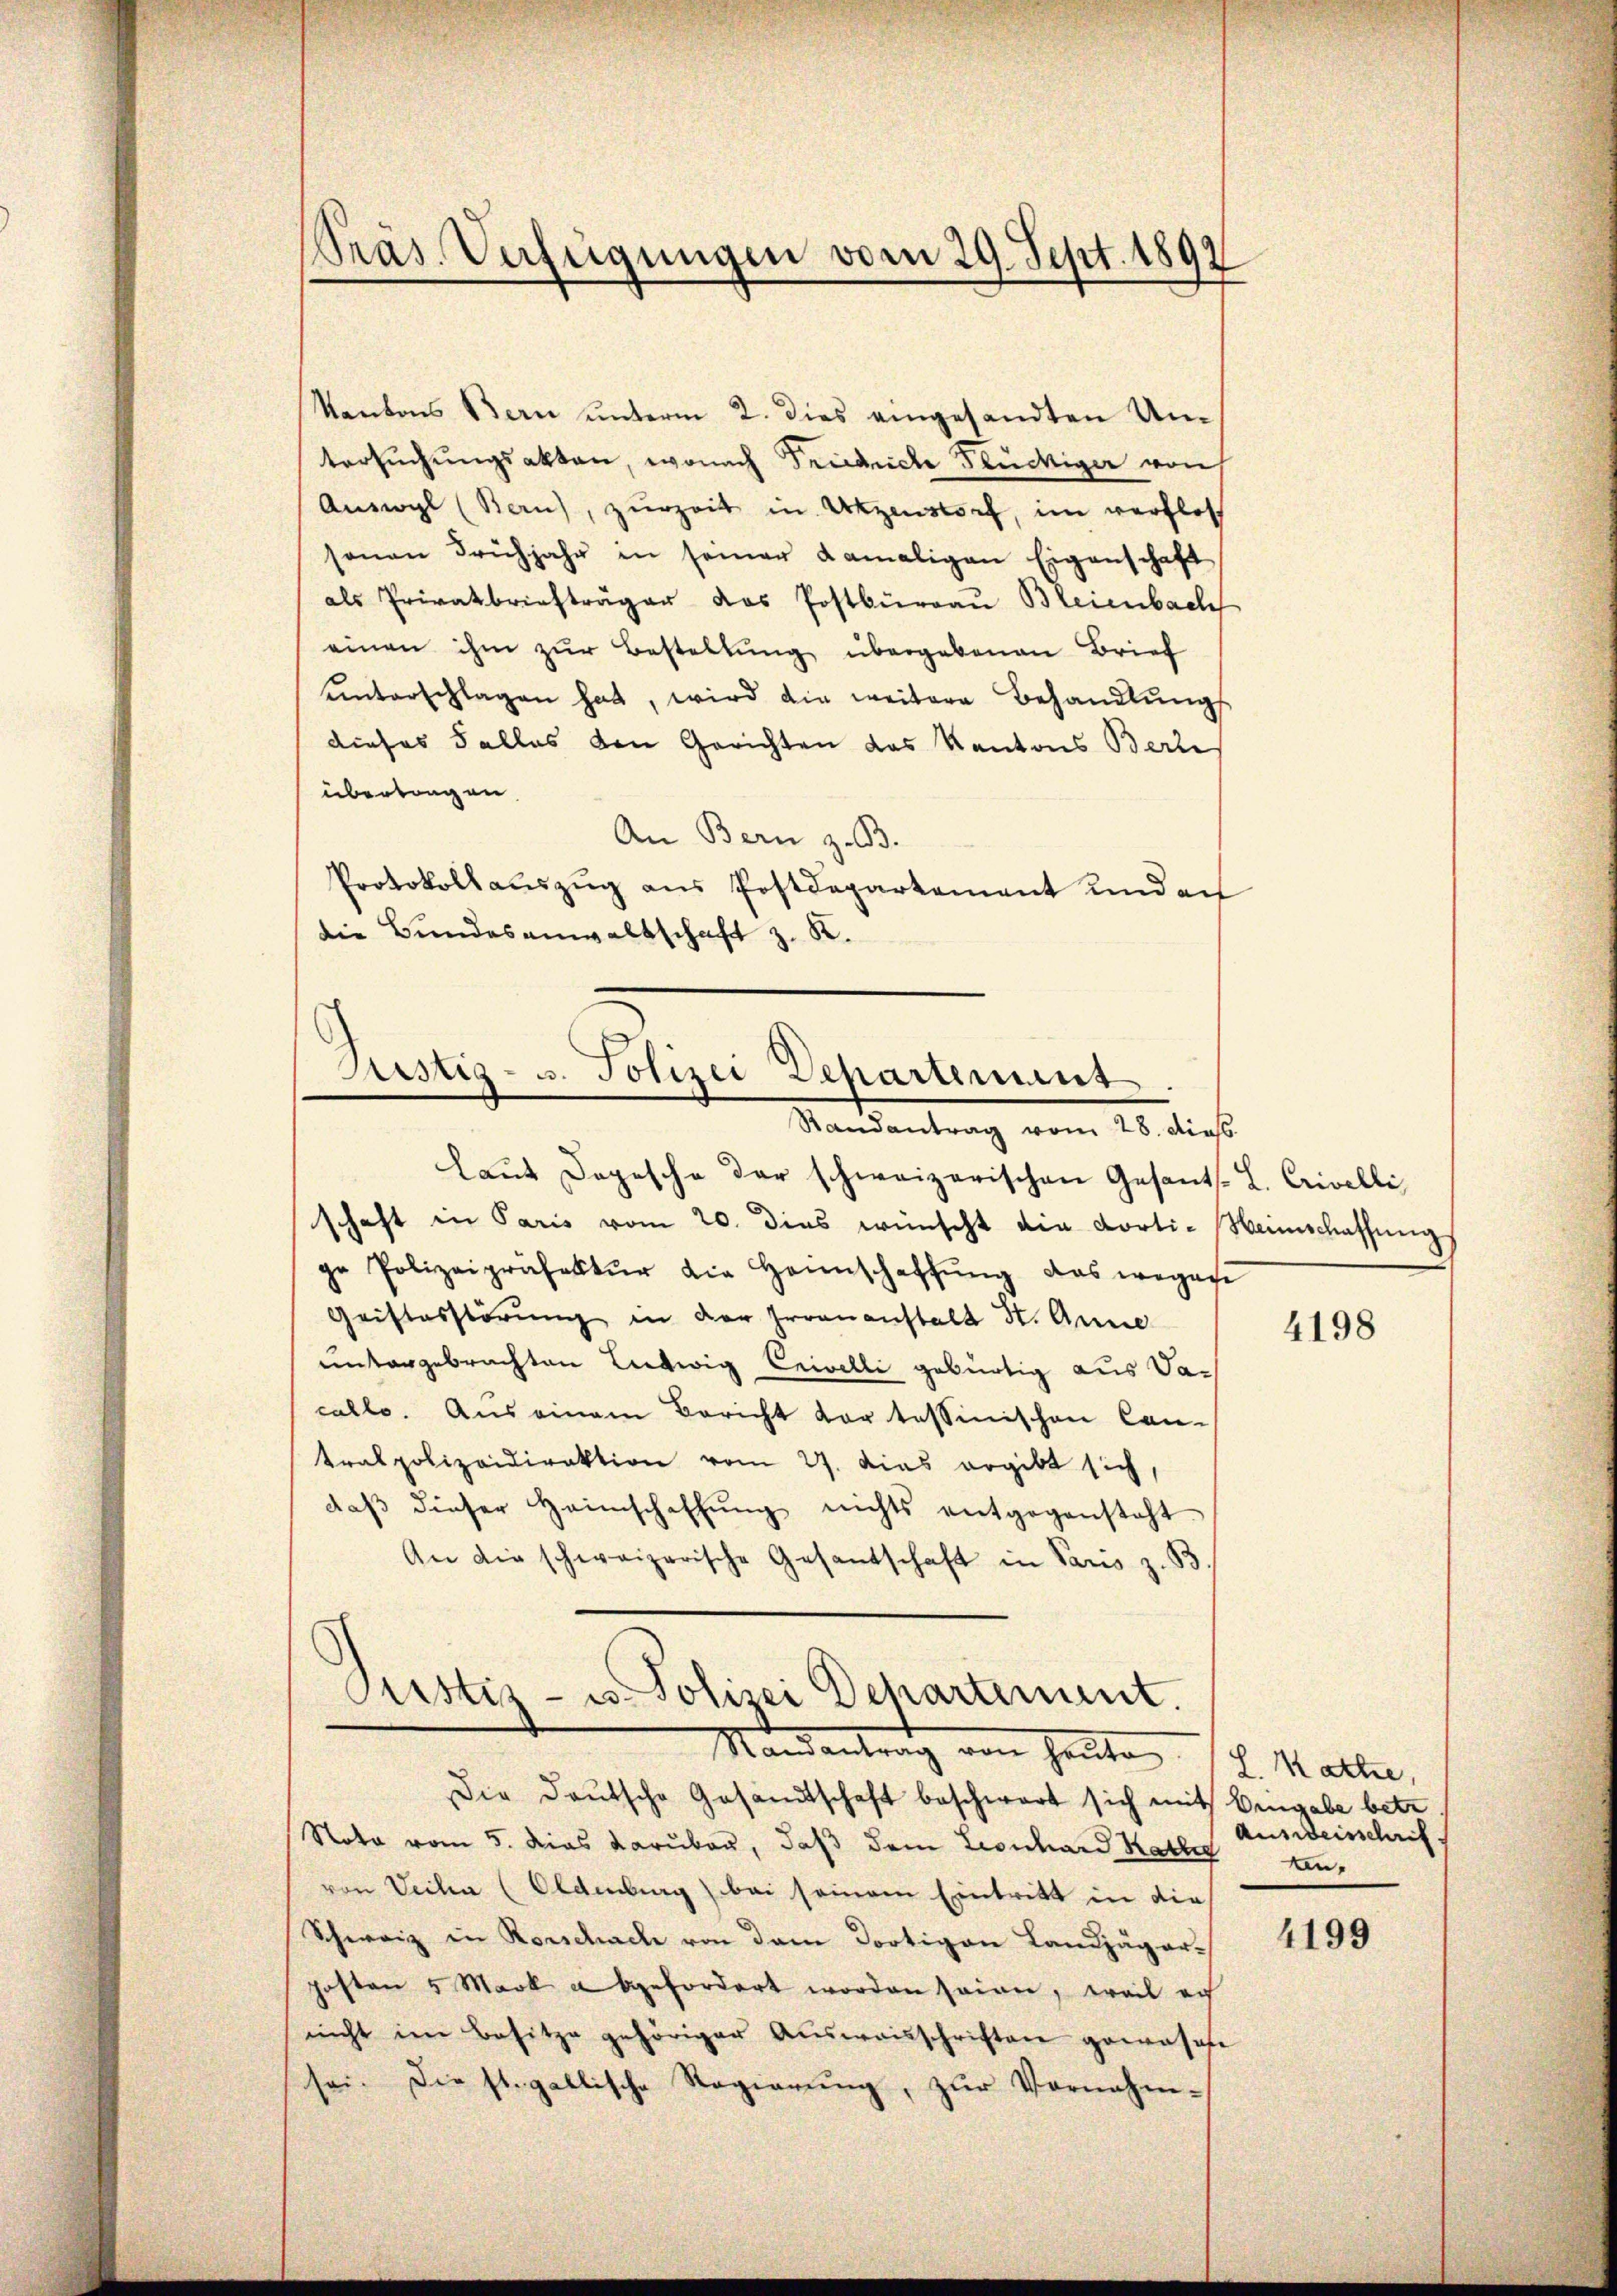
Präs. Verfügungen vom 29. Sept. 1892

Kantons Bern unterm 2. dies eingesandten Untersŭchŭngsakten, wonach Friedriche Stückiger von
Auswyl (Bern), zurzeit in Utzenstorf, im verflos
sonen Frühjahr in seiner damaligen Eigenschaft
als Privatbriefträger das Postbürgau Bleienbach
einen ihm zur Bestellung übergebenen Brief
unterschlagen hat, wird die weitere Behandlungs
dieses Falles den Gerichten das Kantons Beri
übertragen.
An Bern z. B.
Protokollaŭszŭg ans Postdepartement und ei
die Bundesanwaltschaft z. K.

Justiz- u. Polizei Departemens
Randantrag vom 28. dies

laŭt Dogesche der schweizerischen Gesants. L. Crivelli
schaft in Paris vom 20. dies wünscht die Porti-Weinschaffŭng
ge Polizeipräfektŭr die Heimschaffŭng das wegese
Quistosstörung in der Irrenanstalt St. Anne
untergebrachten Liedwig Erivelli gebürtig aus Vacallo. Aus einem Bericht der tessinischen Can-
tralpolizeidirektion vom 27. dies ergibt sich,
daβ dieser Heimschaffŭng nichts entgegensteht.
An die schweizerische Gesantschaft in Paris z. B.
Justiz- u Polizei Departement.

Die Deutsche Gesandtschaft beschwart sich mit Eingabe betr
Nota vom 5. dies darüber, daß dem Leonhard Kallig anvon Veiha (Oldenburg bei seinem Eintritt in die
Schweiz in Rorschach von dem dortigen Landjäger-
posten 5 Mark abgefordert worden seinen, weil ach
nicht im Besitze gehöriger Aŭsweisschriften gewasse
sei. Die st. gallische Regierŭng, zŭr Vornahm-

Nandantrag von Heute (l. Matter,

4198

Ausweisschrit

4199